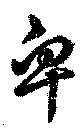
卑